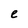
Character: e